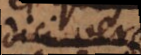
dici veram,